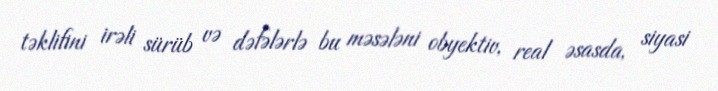
təklifini irəli sürüb və dəfələrlə bu məsələni obyektiv, real əsasda, siyasi